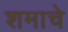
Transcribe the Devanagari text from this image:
शमाचे